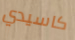
كاسيدي